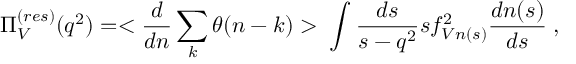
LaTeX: \Pi _ { V } ^ { ( r e s ) } ( q ^ { 2 } ) = < \frac { d } { d n } \sum _ { k } \theta ( n - k ) > \; \int \frac { d s } { s - q ^ { 2 } } s f _ { V n ( s ) } ^ { 2 } \frac { d n ( s ) } { d s } \; ,